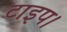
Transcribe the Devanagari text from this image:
टाइप।